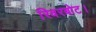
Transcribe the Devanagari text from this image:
रिवरबोट।